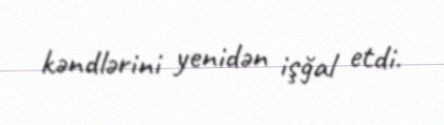
kəndlərini yenidən işğal etdi.